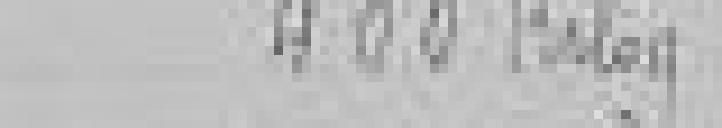
entrée : 400 kilos